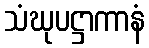
သံဃုပဋ္ဌာကာနံ